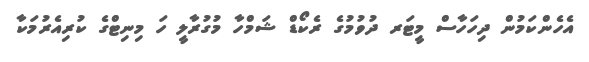
އެހެންކަމުން ދިހަހާސް މީޓަރ ދުވުމުގެ ރެކޯޑް ޝަމްހާ މުގުރާލީ ހަ މިނިޓްގެ ކުރިއެރުމަކާ